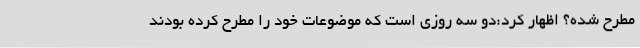
مطرح شده؟ اظهار کرد:دو سه روزی است که موضوعات خود را مطرح کرده بودند